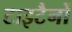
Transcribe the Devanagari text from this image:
टाइटैनों